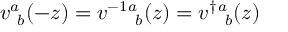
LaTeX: v _ { ~ b } ^ { a } ( - z ) = v ^ { - 1 } { } _ { ~ b } ^ { a } ( z ) = v ^ { \dagger } { } _ { ~ b } ^ { a } ( z )